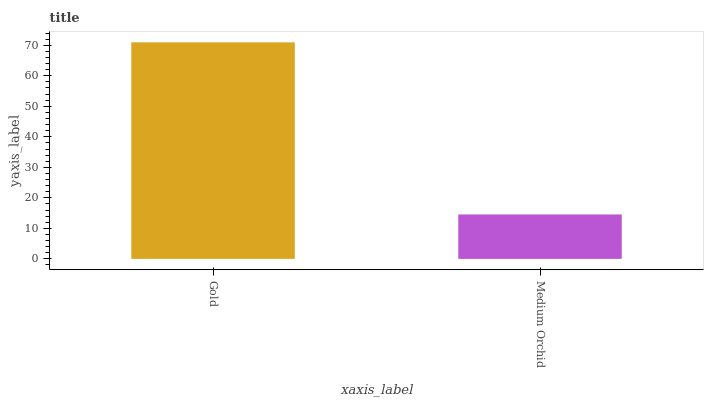
| xaxis_label | bars |
 | --- | --- |
 | Gold | 71 |
 | Medium Orchid | 14.6 |